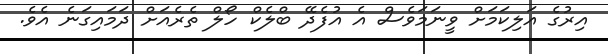
އިރުގެ އަލިކަމަށް ވީނަމަވެސް އެ އުފެދޭ ބްލެކް ހޯލް ތެރެއަށް ދަމައިގަނެ އެވެ.